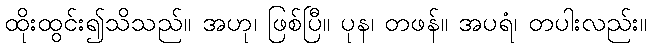
ထိုးထွင်း၍သိသည်။ အဟု၊ ဖြစ်ပြီ။ ပုန၊ တဖန်။ အပရံ၊ တပါးလည်း။